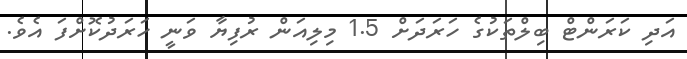
އަދި ކަރަންޓް ބިލްތަކުގެ ހަރަދަށް 1.5 މިލިއަން ރުފިޔާ ވަނީ ހަރަދުކޮށްފަ އެވެ.